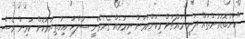
"ކަންބޮޑުވުންތައް ދަނީ މައްޗަށް މިކަންކަމަށް ނިމުމެއް ގެނެވޭނީ ސުލްހަ އިހުތިޔާރުކޮށް ކުރިން ވެސް